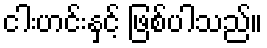
ငါးဟင်းနှင့် ဖြစ်ပါသည်။